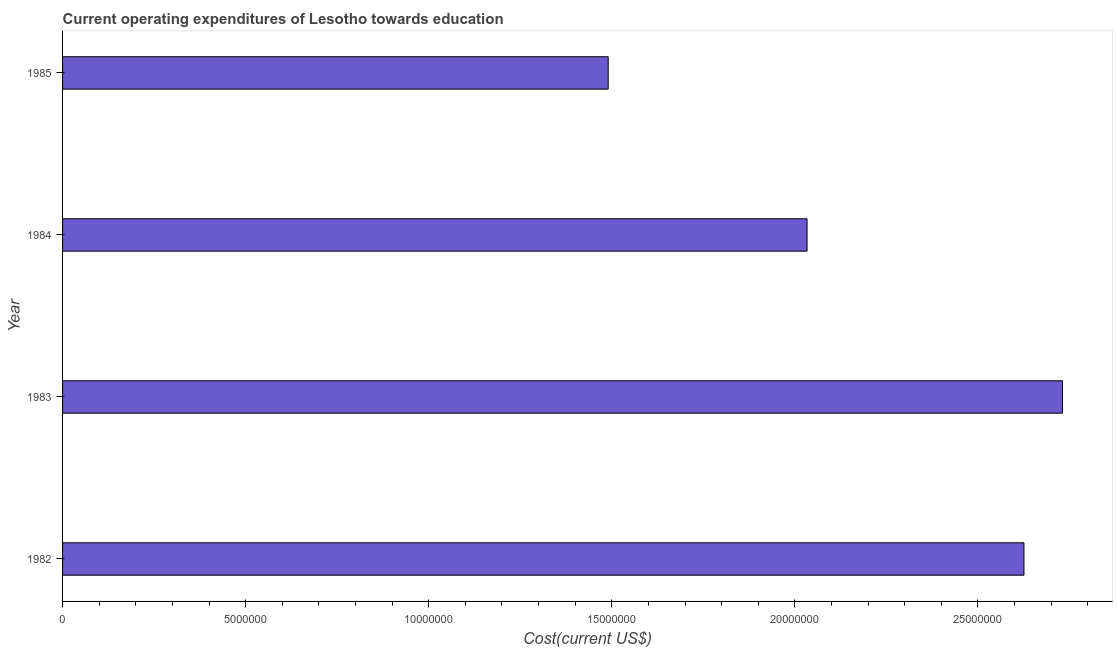
| Year | Education expenditure |
 | --- | --- |
 | 1982 | 2.63e+07 |
 | 1983 | 2.73e+07 |
 | 1984 | 2.03e+07 |
 | 1985 | 1.49e+07 |